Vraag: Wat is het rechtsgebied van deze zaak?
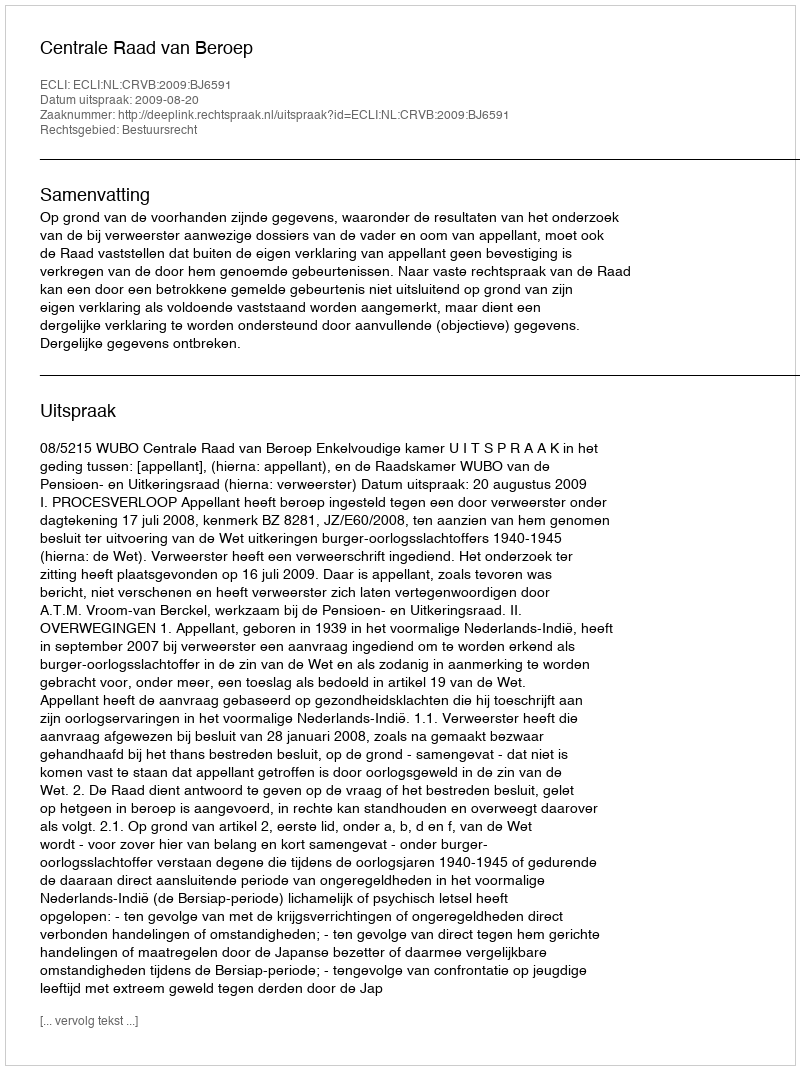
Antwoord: Bestuursrecht